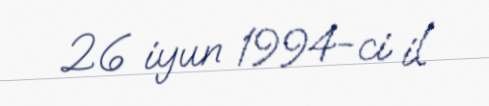
26 iyun 1994-ci il